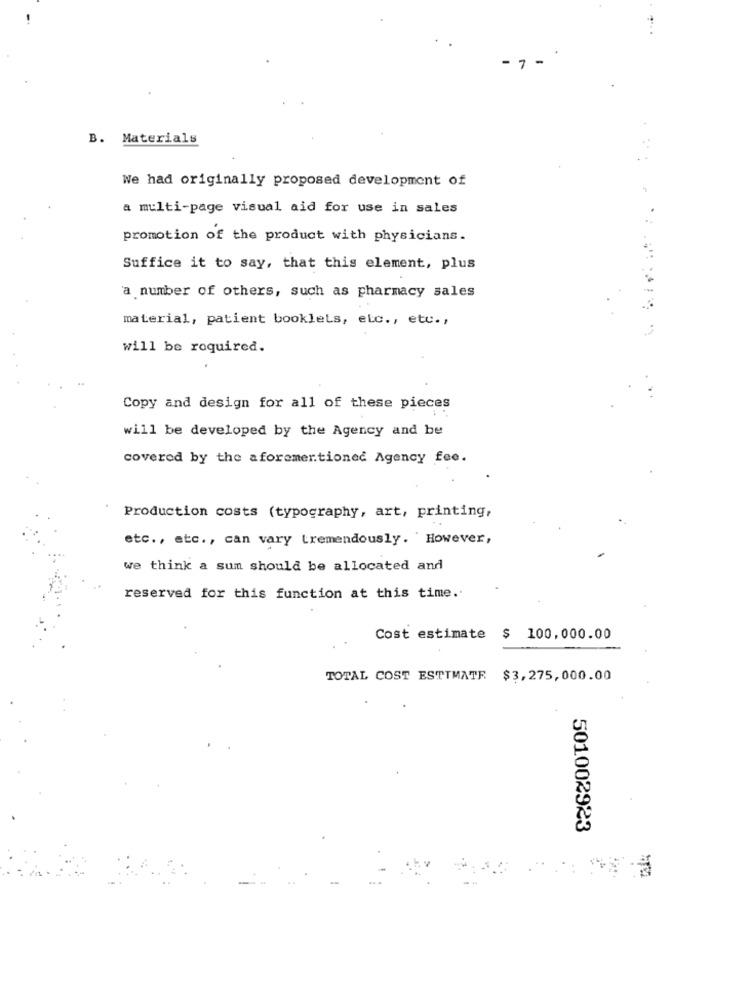
-7-
B. Materials
We had originally proposed development of
a multi-page visual aid for use in sales
promotion of the product with physicians.
Suffice it to say, that this element, plus
a number of others, such as pharmacy sales
material, patient booklets, etc ., etc .,
will be required.
Copy and design for all of these pieces
will be developed by the Agency and be
covered by the aforementioned Agency fee.
Production costs (typography, art, printing,
etc ., etc ., can vary tremendously. However,
we think a sum should be allocated and
reserved for this function at this time.
Cost estimate
$ 100.000.00
TOTAL COST ESTIMATE $3,275,000.00
501002923